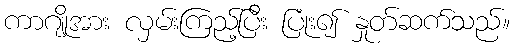
ကာဂျိုအား လှမ်းကြည့်ပြီး ပြုံး၍ နှုတ်ဆက်သည်။